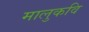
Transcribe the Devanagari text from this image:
मालुकवि